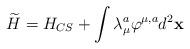
LaTeX: \begin{align*}\widetilde{H}=H_{CS}+\int \lambda _\mu ^a\varphi ^{\mu ,a}d^2{\bf x}\end{align*}